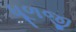
ધૂળજી